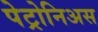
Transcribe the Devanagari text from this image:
पेट्रोनिअस